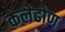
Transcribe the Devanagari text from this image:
कलेढोण